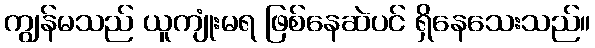
ကျွန်မသည် ယူကျုံးမရ ဖြစ်နေဆဲပင် ရှိနေသေးသည်။